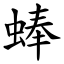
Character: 蜯